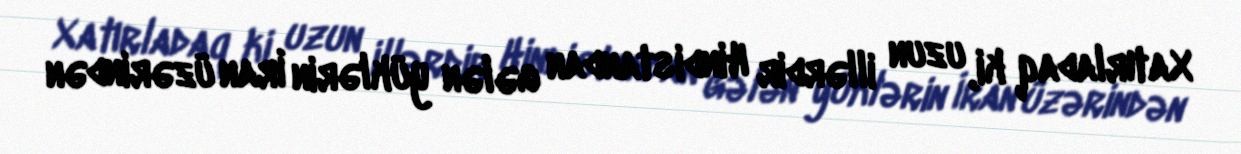
Xatırladaq ki, uzun illərdir Hindistandan gələn yüklərin İran üzərindən